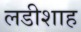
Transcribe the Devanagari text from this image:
लडीशाह